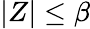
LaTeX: |Z|\le\beta